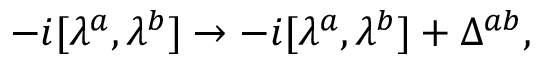
- i [ \lambda ^ { a } , \lambda ^ { b } ] \rightarrow - i [ \lambda ^ { a } , \lambda ^ { b } ] + \Delta ^ { a b } ,